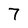
Character: 7